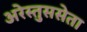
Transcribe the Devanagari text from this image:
अरेस्तुससेता